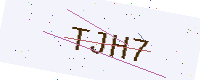
Text: TJH7